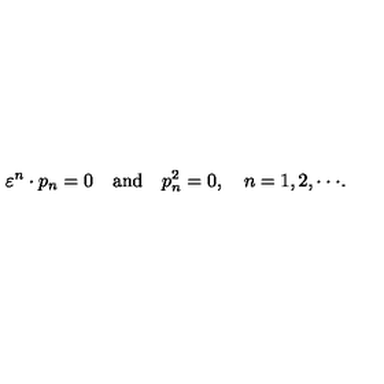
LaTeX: \varepsilon ^ { n } \cdot p _ { n } = 0 \quad \mathrm { a n d } \quad p _ { n } ^ { 2 } = 0 , \quad n = 1 , 2 , \cdot \cdot \cdot .